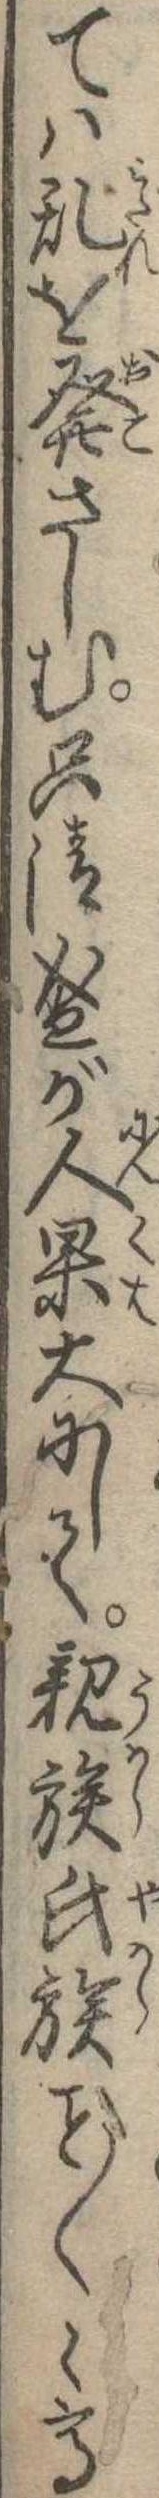
ては乱を発さしむ只清盛が人果大にして親族氏族〱く高